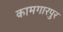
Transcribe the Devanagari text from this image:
कामगारपुर